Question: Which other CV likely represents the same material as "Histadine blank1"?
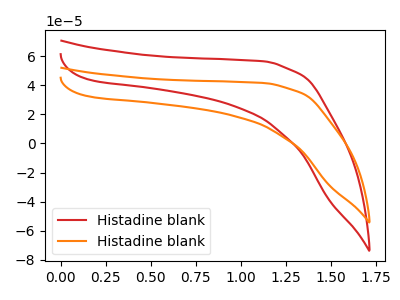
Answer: <think>The red curve "Histadine blank1" has no peaks. The orange curve "Histadine blank2" has no peaks.
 Neither "Histadine blank1" or "Histadine blank2" have any peaks.</think>
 <answer>The CV with the most similar shape to "Histadine blank2" is "Histadine blank1".</answer>
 <eval>"Histadine blank1"</eval>